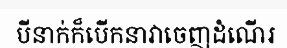
បីនាក់ក៏បើកនាវាចេញដំណើរ